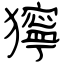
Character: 獰